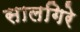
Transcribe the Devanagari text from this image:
सालगिरे